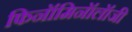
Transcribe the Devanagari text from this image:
फिनॉमिनॉलॉजी